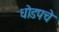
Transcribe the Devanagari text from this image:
धोडपचे